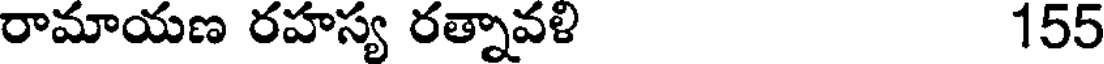
రామాయణ రహస్య రత్నావళి 155